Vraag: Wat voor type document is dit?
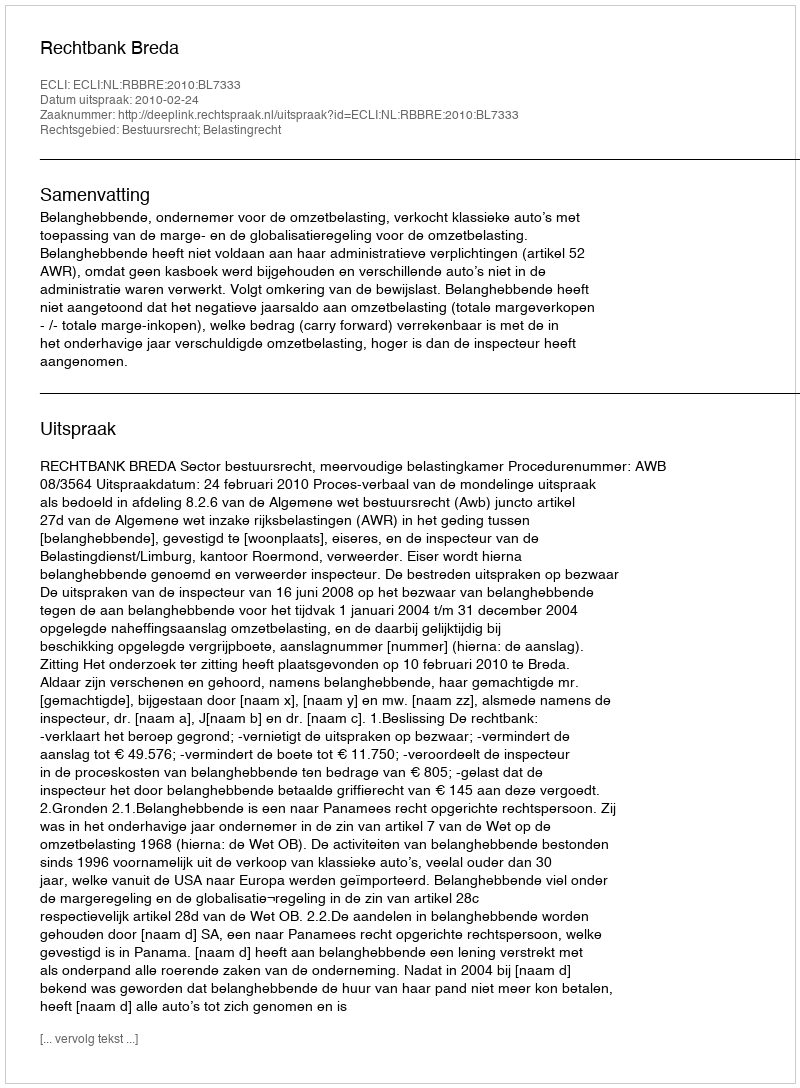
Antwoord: Uitspraak